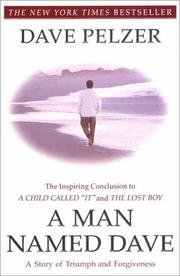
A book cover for A Man Named Dave: A Story of Triumph and Forgiveness; Dave Pelzer; Self-Help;